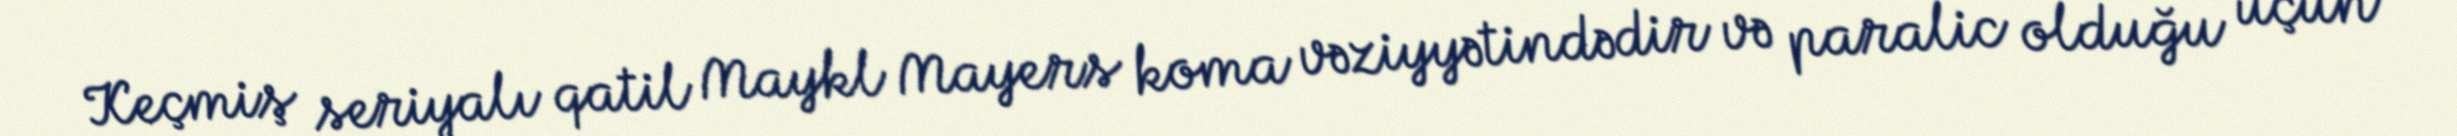
Keçmiş seriyalı qatil Maykl Mayers koma vəziyyətindədir və paralic olduğu üçün